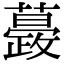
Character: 𧁎